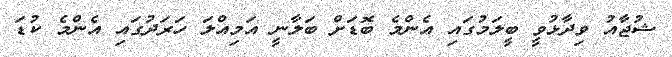
ޝުޖާއު ވިދާޅުވީ ބީލަމުގައި އެންމެ ބޮޑަށް ބަލާނީ އަމިއްލަ ހަރަދުގައި އެންމެ ކުޑަ